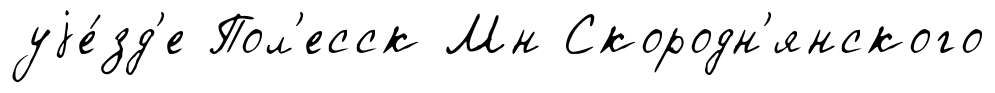
уjе́зд'е Пол'есск Мн Скородн'янского